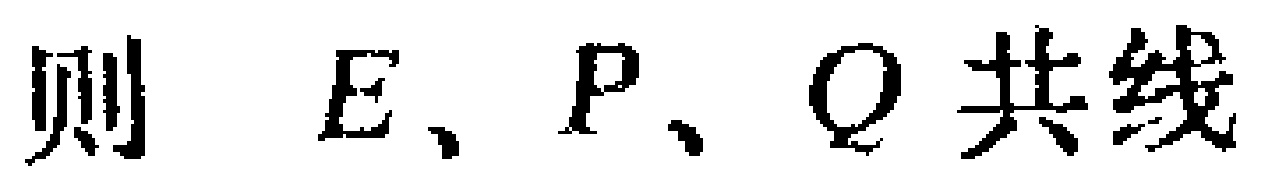
则 \(E、P、Q\) 共线